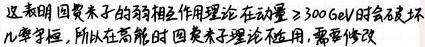
这表明 回类子的弱相互作用理论在动量$\geqslant 300\mathrm{GeV}$时会破坏 几率守恒，所以在高能时 回类子理论应用，需要修改